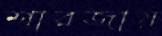
শারজায়